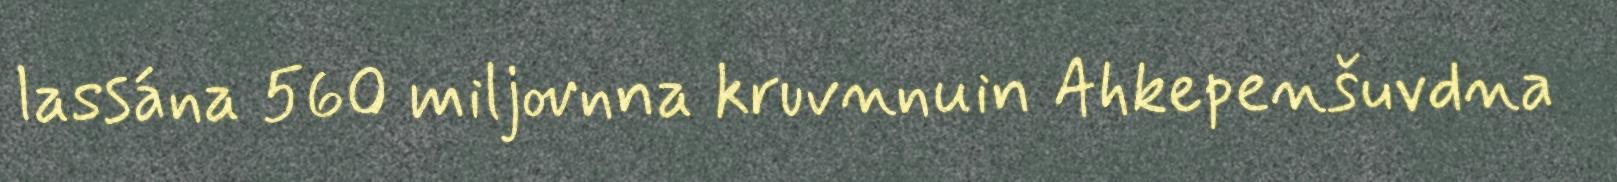
lassána 560 miljovnna kruvnnuin Ahkepenšuvdna